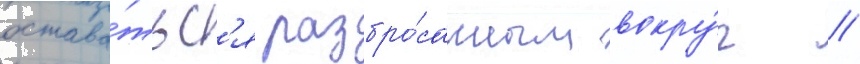
остава́тьс'я разбро́санным вокру́г //